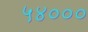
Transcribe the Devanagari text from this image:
५४०००